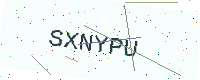
Text: SXNYPU